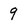
Character: 9